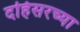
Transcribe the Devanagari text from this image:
दहिसरच्या